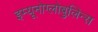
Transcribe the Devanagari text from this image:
इम्यूनोग्लोबुलिन्स